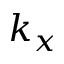
k _ { x }